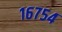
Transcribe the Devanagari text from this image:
१६७५४